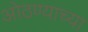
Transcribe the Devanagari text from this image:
ओठण्याच्या